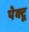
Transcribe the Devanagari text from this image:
पेक्टू